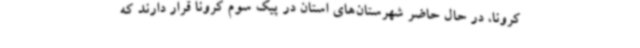
کرونا، در حال حاضر شهرستان‌های استان در پیک سوم کرونا قرار دارند که